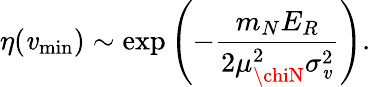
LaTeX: \eta(\mathit{v}_{\mathrm{{min}}})\sim\exp\left(-\frac{{m_{N}E_{R}}}{{2\mu_{\chiN}^{2}\sigma_{\mathit{v}}^{2}}}\right).